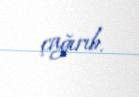
çağırıb.